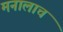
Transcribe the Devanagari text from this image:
मनालाच